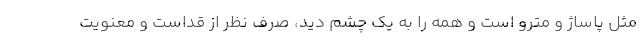
مثل پاساژ و مترو است و همه را به یک چشم دید، صرف نظر از قداست و معنویت